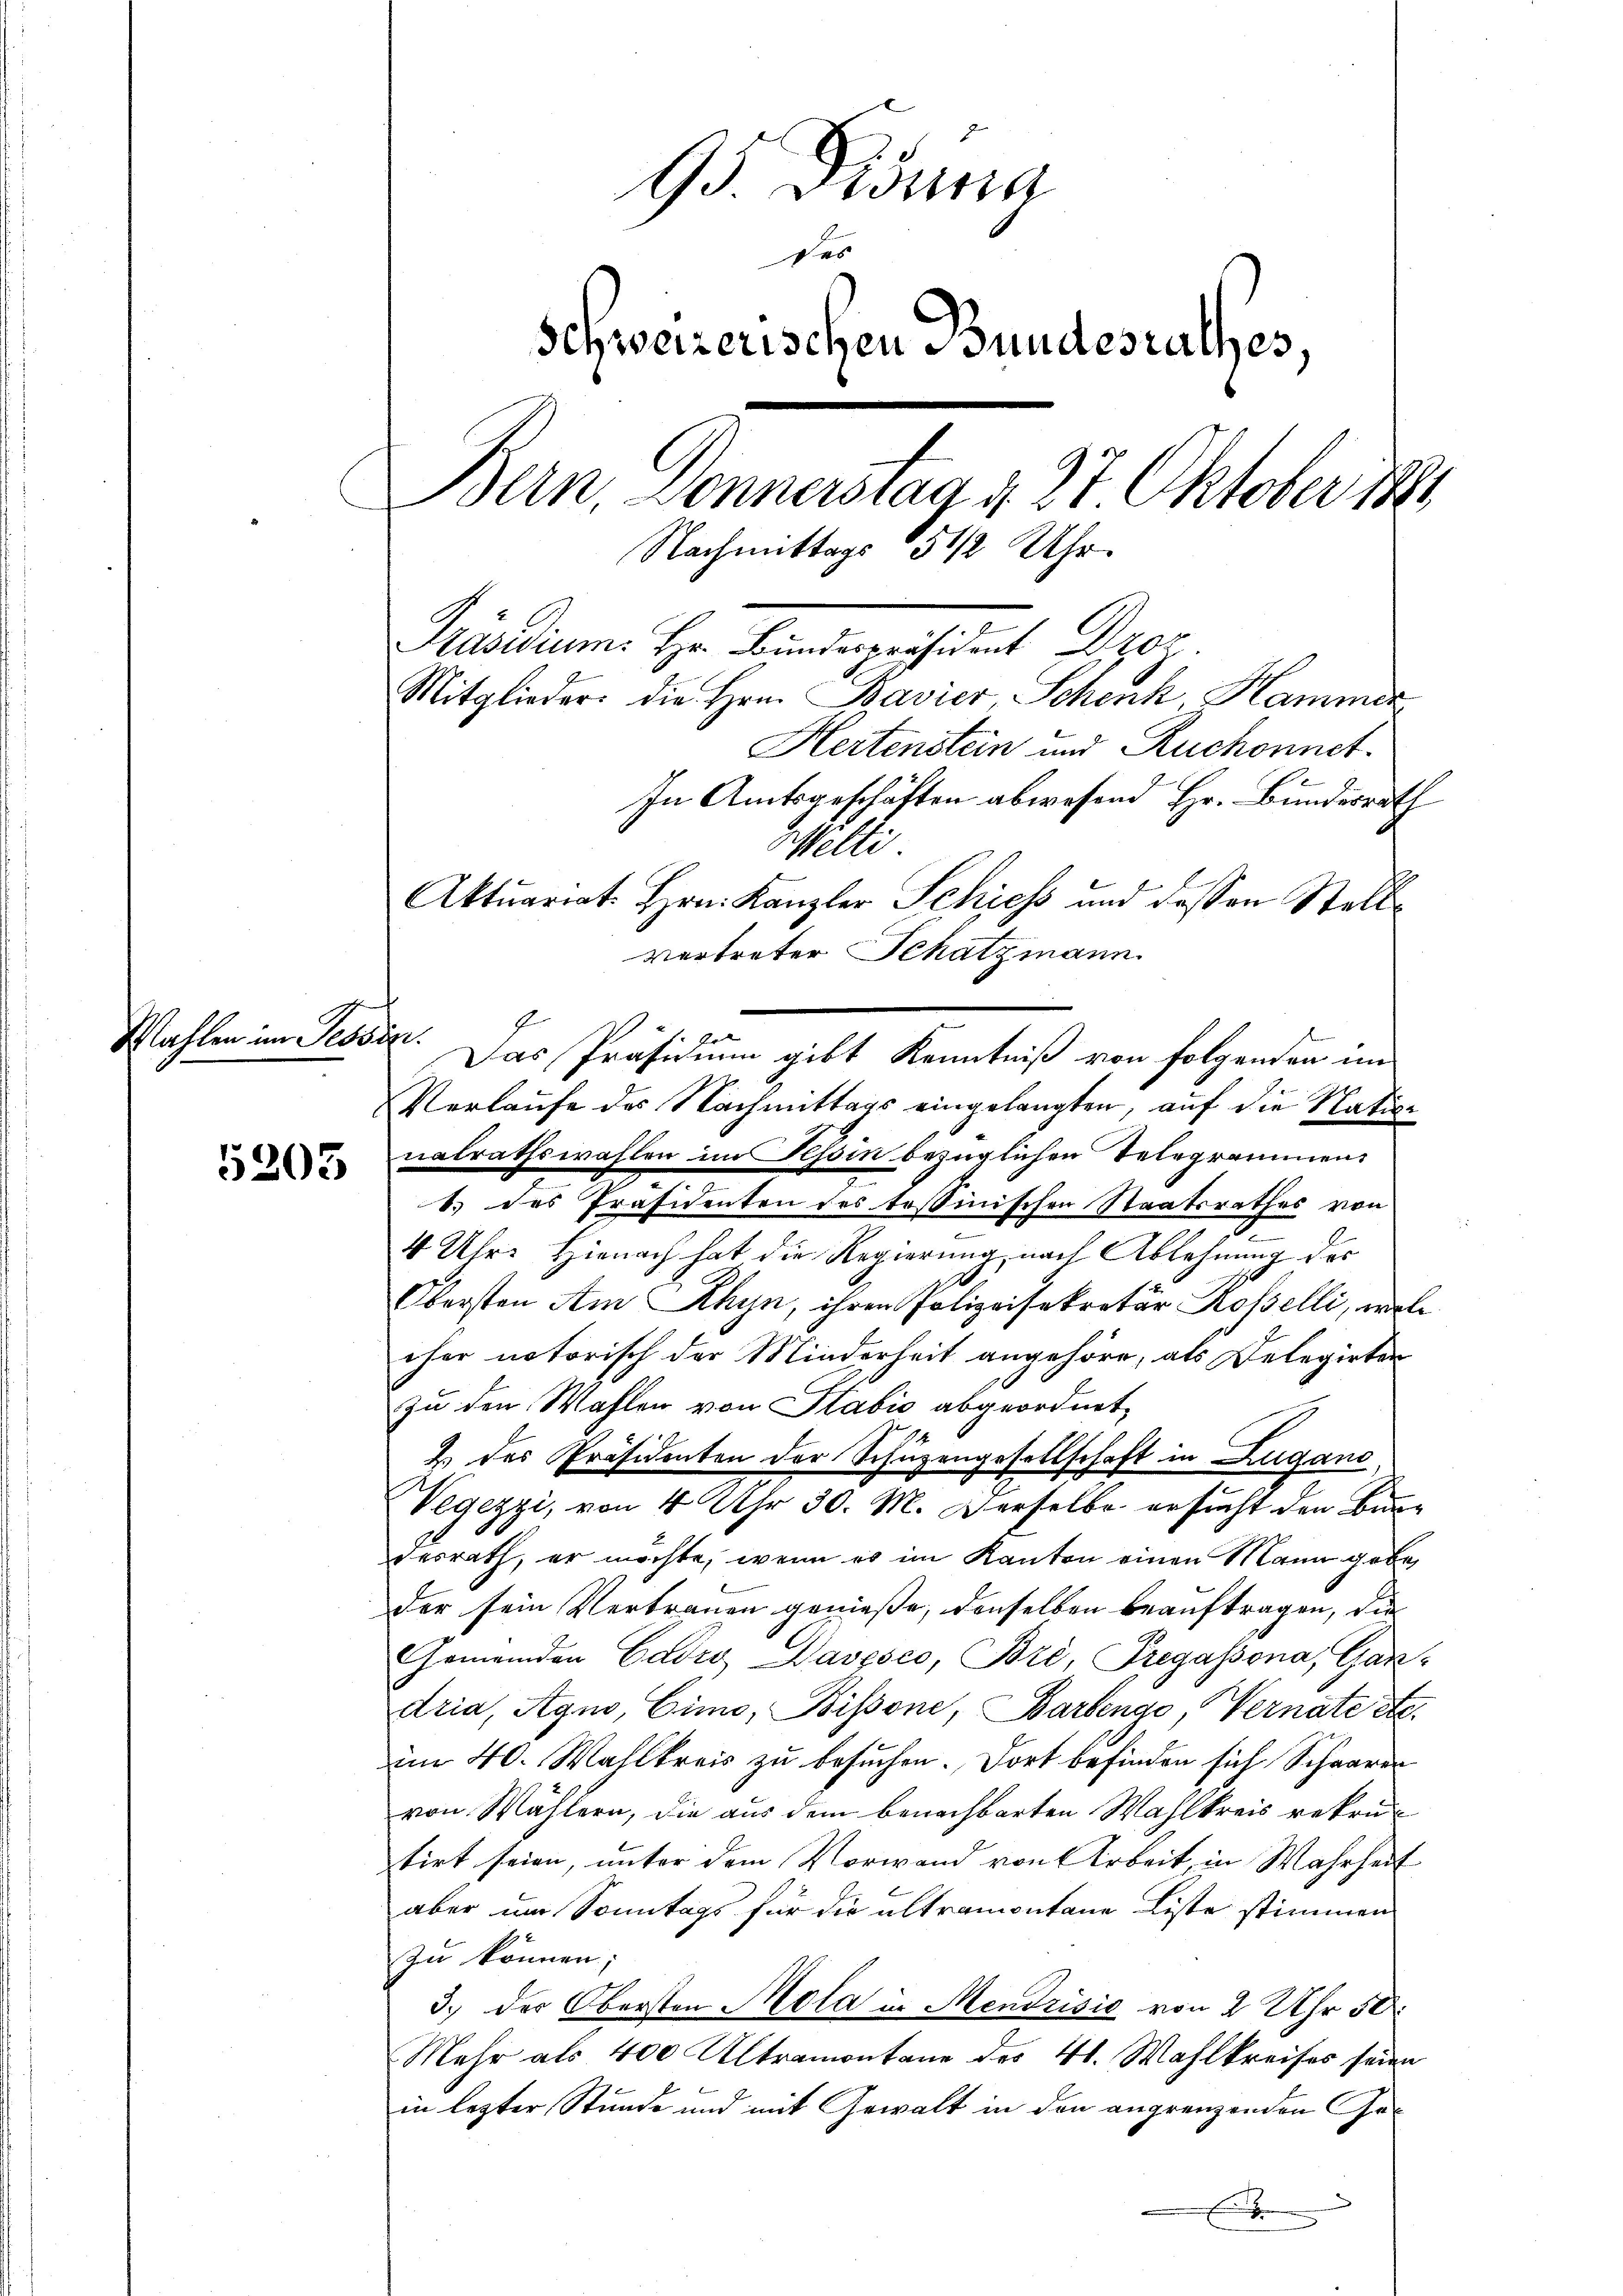
Mahlen im Tessin.

5203

95 Dionna
des
schweizerischen Bundesrathes,
Bern Donnerstaa v. 27 Oktober ih
Nachmittags 15 1/2 Uhr.
e

p
Mitglieder die Hrn. Bavier Schenk, Hammer
Hertenstein und Ruchonnet.
In Amtsgeschäften abwesend Hr. Bundesrath
Welti
Aktuariat. Hrn. Kanzler Schiess und dessen Stellvertreter Schatzmann
Das Präsidium gibt Kenntniß von Folgenden im
Verlaufe des Nachmittags eingelangten, auf die Nation
nalrathswahlen im Tessin bezüglichen Telegrammen
1.) des Präsidenten des tessinischen Staatsrathes von
4 Uhr. Hienach hat die Regierung nach Ablehnung des
Obersten Am Rhyn, ihren Polizeisekretär Rosselli, wel
cher notorisch der Minderheit angehöre, als Delegirten
zu den Wahlen von Stabio abgeordnet,
2 des Präsidenten der Schüzengesellschaft in Zugano
Vegezzi, von 4 Uhr 30. M. Derselbe ersucht den Brandesrath, er möchte, wenn es im Kanton einen Mann gebe
der sein Vertrauen genieße, denselben beauftragen, die
Gemeinden Cairo Daspsco, Boro, Fregassona, Gandria, Agno, Cimo, Bissone, Barbenge, Vernate etc.
im 40. Wahlkreis zu besuchen. Dort befinden sich Schaaren
von Wählern, die aus dem benachbarten Wahlkreis rekrutirt seien, unter dem Vorwand von Arbeit, in Wahrheit
aber im Sonntags für die altramontane Liste stimmen
zu können,
3.) Der Obersten Mola in Mendrisić von 2 Uhr 50
Mehr als 400 Ultramontane des 4t. Wahlkreises seien
in lezter Stunde und mit Gewalt in den angrenzenden Ge¬
.